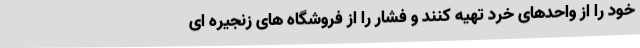
خود را از واحدهای خرد تهیه کنند و فشار را از فروشگاه های زنجیره ای